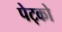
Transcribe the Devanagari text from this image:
पेट्को